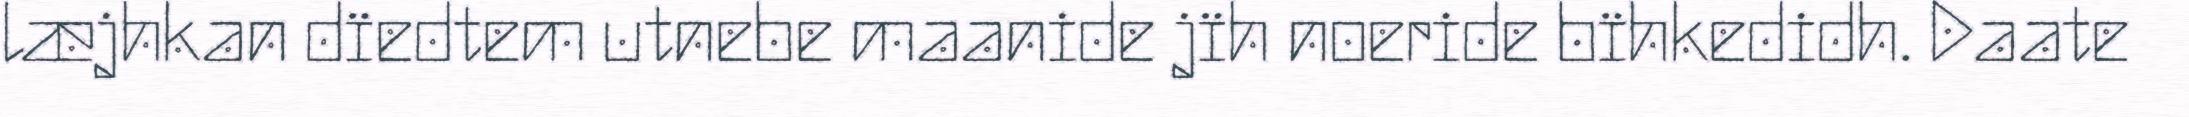
læjhkan dïedtem utnebe maanide jïh noeride bïhkedidh. Daate